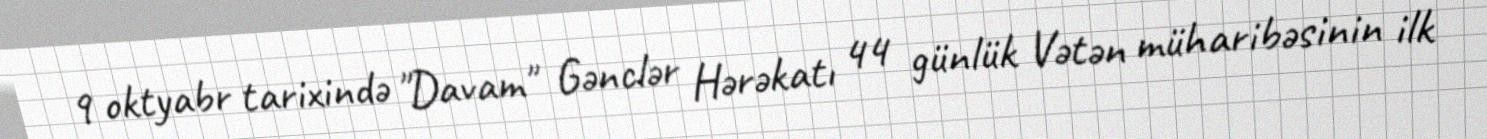
9 oktyabr tarixində "Davam" Gənclər Hərəkatı 44 günlük Vətən müharibəsinin ilk